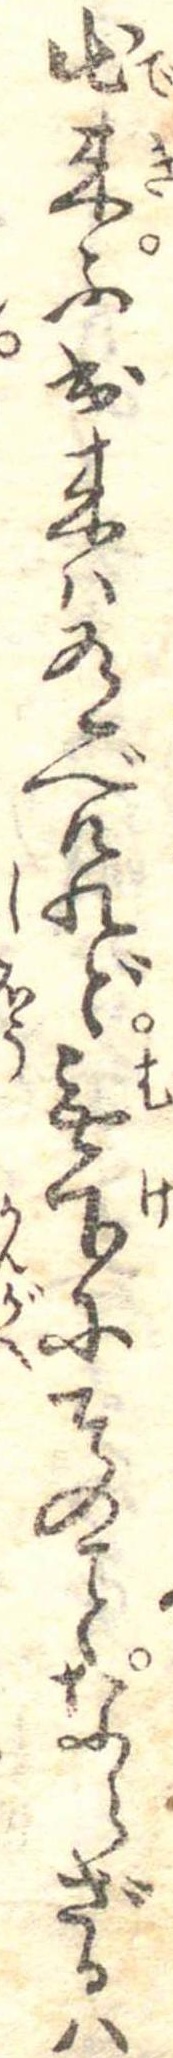
出来不出来は有べけれど無下にそのならざるは